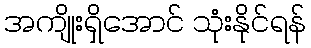
အကျိုးရှိအောင် သုံးနိုင်ရန်